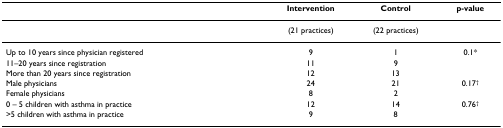
|  | Intervention | Control | p-value |
 | --- | --- | --- | --- |
 |  | (21 practices) | (22 practices) |  |
 | Up to 10 years since physician registered | 9 | 1 | 0.1* |
 | 11–20 years since registration | 11 | 9 |  |
 | More than 20 years since registration | 12 | 13 |  |
 | Male physicians | 24 | 21 | 0.17† |
 | Female physicians | 8 | 2 |  |
 | 0 – 5 children with asthma in practice | 12 | 14 | 0.76† |
 | >5 children with asthma in practice | 9 | 8 |  |